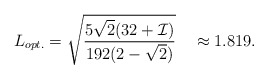
\begin{align*}L_{opt.} = \sqrt{\frac{5 \sqrt{2}(32 + {\cal I})}{192(2 -\sqrt{2})}} ~~~\approx 1.819.\end{align*}